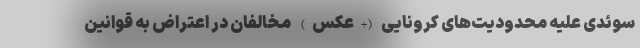
سوئدی علیه محدودیت‌های کرونایی (+عکس) مخالفان در اعتراض به قوانین